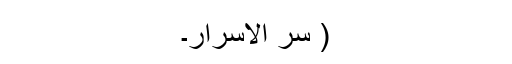
( سِرّ الاسرار۔